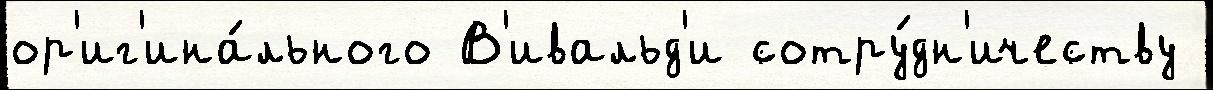
ор'иг'ина́льного В'ивальд'и сотру́дн'ичеству